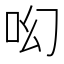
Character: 𠯻